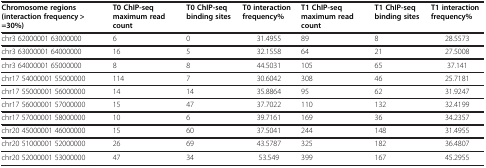
| Chromosome regions (interaction frequency > =30%) | T0 ChIP-seq maximum read count | T0 ChIP-seq binding sites | T0 interaction frequency% | T1 ChIP-seq maximum read count | T1 ChIP-seq binding sites | T1 interaction frequency% |
 | --- | --- | --- | --- | --- | --- | --- |
 | chr3 62000001 63000000 | 6 | 0 | 31.4955 | 89 | 8 | 28.5573 |
 | chr3 63000001 64000000 | 16 | 5 | 32.1558 | 64 | 21 | 27.5008 |
 | chr3 64000001 65000000 | 8 | 8 | 44.5031 | 105 | 65 | 37.141 |
 | chr17 54000001 55000000 | 114 | 7 | 30.6042 | 308 | 46 | 25.7181 |
 | chr17 55000001 56000000 | 14 | 14 | 35.8864 | 95 | 62 | 31.9247 |
 | chr17 56000001 57000000 | 15 | 47 | 37.7022 | 110 | 132 | 32.4199 |
 | chr17 57000001 58000000 | 10 | 6 | 39.7161 | 169 | 36 | 34.2357 |
 | chr20 45000001 46000000 | 15 | 60 | 37.5041 | 244 | 148 | 31.4955 |
 | chr20 51000001 52000000 | 26 | 69 | 43.5787 | 325 | 182 | 36.4807 |
 | chr20 52000001 53000000 | 47 | 34 | 53.549 | 399 | 167 | 45.2955 |